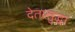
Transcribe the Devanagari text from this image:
देतासुद्धा